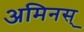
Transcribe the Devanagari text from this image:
अमिनस्